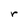
Character: r